Applicability to medico-legal practice in India of the biochemical tests for the origin of blood-stains - Number 39
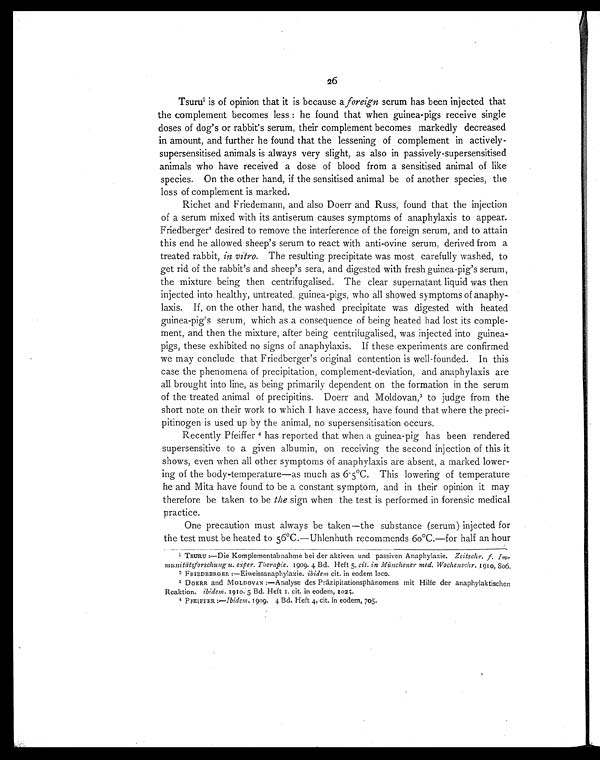
26
T s u r u 1 i s o f o p i n i o n t h a t i t i s b e c a u s e af o r e i g n
s e r u m h a s b e e n i n j e c t e d t h a t
the complement becomes less: he found that when guinea-pigs receive single
doses of dog's or rabbit's serum, their complement becomes markedly decreased
in amount, and further he found that the lessening of complement in actively-
supersensitised animals is always very slight, as also in passively-supersensitised
animals who have received a dose of blood from a sensitised animal of like
species. On the other hand, if the sensitised animal be of another species, the
loss of complement is marked.
Richet and Friedemann, and also Doerr and Russ, found that the injection
of a serum mixed with its antiserum causes symptoms of anaphylaxis to appear.
Friedberger2 desired to remove the interference of the foreign serum, and to attain
this end he allowed sheep's serum to react with anti-ovine serum, derived from a
treated rabbit, in vitro. The resulting precipitate was most carefully washed, to
get rid of the rabbit's and sheep's sera, and digested with fresh guinea-pig's serum,
the mixture being then centrifugalised. The clear supernatant liquid was then
injected into healthy, untreated, guinea-pigs, who all showed symptoms of anaphy-
laxis. If, on the other hand, the washed precipitate was digested with heated
guinea-pig's serum, which as a consequence of being heated had lost its comple-
ment, and then the mixture, after being centrifugalised, was injected into guinea-
pigs, these exhibited no signs of anaphylaxis. If these experiments are confirmed
we may conclude that Friedberger's original contention is well-founded. In this
case the phenomena of precipitation, complement-deviation, and anaphylaxis are
all brought into line, as being primarily dependent on the formation in the serum
of the treated animal of precipitins. Doerr and Moldovan, 3 to judge from the
short note on their work to which I have access, have found that where the preci-
pitinogen is used up by the animal, no supersensitisation occurs.
Recently Pfeiffer 4has reported that when a guinea-pig has been rendered
supersensitive to a given albumin, on receiving the second injection of this it
shows, even when all other symptoms of anaphylaxis are absent, a marked lower-
ing of the body-temperature—as much as 6.5°C. This lowering of temperature
he and Mita have found to be a constant symptom, and in their opinion it may
therefore be taken to be the sign when the test is performed in forensic medical
practice.
One precaution must always be taken—the substance (serum) injected for
the test must be heated to 56°C.—Uhlenhuth recommends 6o°C.—for half an hour
1 TSURU :—Die Komplementabnahme bei der aktiven und passiven Anaphylaxie. Zeitschr. f.
Imnunitätsforschung u. exper. Therapie. 1909. 4 Bd. Heft 5, cit. in Münchener med. Wochenschr. 1910 , 806.
2 FRIEDBERGER :—Eiweissanaphylaitie. ibidem cit. in eodem loco.
3 DOERR and M0LDOVAN :—Analyse des Präzipitationsphänomens mit Hilfe der anaphylaktischen
Reaktion. Ibidem. 1909. 5 Bd. Heft 1. cit. in eodem, 1205.
4 PFEIFFER :—Ibidem. 19o9. 4 Bd. Heft 4, cit. in eodem, 705.